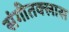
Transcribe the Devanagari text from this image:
संगीतक्लास